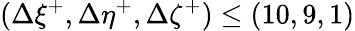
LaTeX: (\Delta\xi^{+},\Delta\eta^{+},\Delta\zeta^{+})\leq(10,9,1)